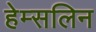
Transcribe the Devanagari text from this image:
हेम्सलिन